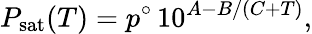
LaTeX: P_{\mathrm{sat}}(T)=p^{\circ}\, 10^{A-B/(C+T)},